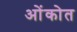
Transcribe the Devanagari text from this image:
ओंकोत